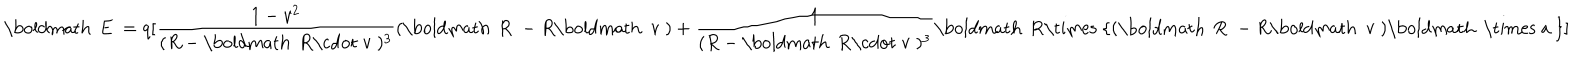
LaTeX: \mathrm { \boldmath ~ E ~ } = q [ \frac { 1 - v ^ { 2 } } { ( R - \mathrm { \boldmath ~ R \cdot ~ v ~ } ) ^ { 3 } } ( \mathrm { \boldmath ~ R ~ } - R \mathrm { \boldmath ~ v ~ } ) + \frac { 1 } { ( R - \mathrm { \boldmath ~ R \cdot ~ v ~ } ) ^ { 3 } } \mathrm { \boldmath ~ R \times ~ } \{ ( \mathrm { \boldmath ~ R ~ } - R \mathrm { \boldmath ~ v ~ } ) \mathrm { \boldmath ~ \times ~ a ~ } \} ]